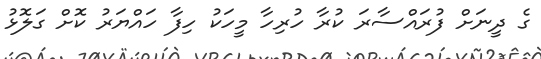
ގެ ދީނަށް ފުރައްސާރަ ކުރާ ހުރިހާ މީހަކު ހިފާ ހައްޔަރު ކޮށް ގަލޮޅު